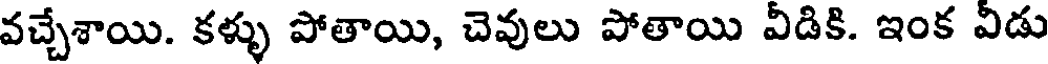
వచ్చేశాయి. కళ్ళు పోతాయి, చెవులు పోతాయి వీడికి. ఇంక వీడు